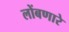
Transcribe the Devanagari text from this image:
लोंबणारे